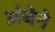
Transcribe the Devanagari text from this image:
अंबेने